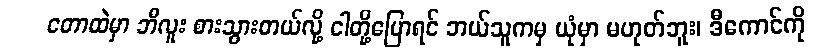
တောထဲမှာ ဘီလူး စားသွားတယ်လို့ ငါတို့ပြောရင် ဘယ်သူကမှ ယုံမှာ မဟုတ်ဘူး၊ ဒီကောင်ကို